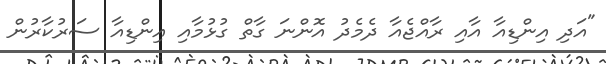
"އަދި އިންޑިއާ އާއި ރާއްޖެއާ ދެމެދު އޮންނަ ގާތް ގުޅުމާއި އިންޑިއާ ސަރުކާރުން